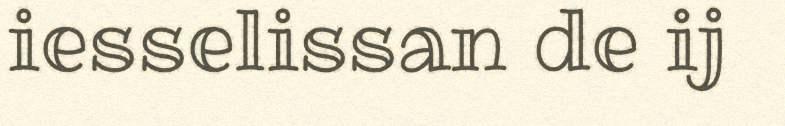
iesselissan de ij